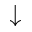
\downarrow